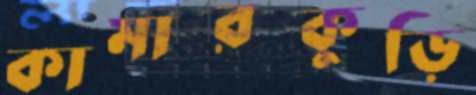
কামারকুড়ি